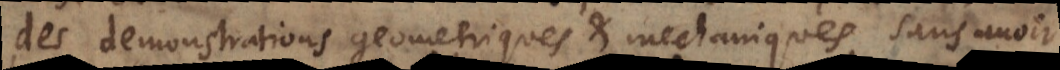
des demonstrations geometriques et mechaniques, sans avoir